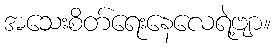
အသေးစိတ်ရေးနေလေရဲ့ဗျာ။